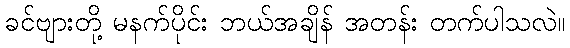
ခင်ဗျားတို့ မနက်ပိုင်း ဘယ်အချိန် အတန်း တက်ပါသလဲ။